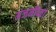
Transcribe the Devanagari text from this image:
अंजनीच्या